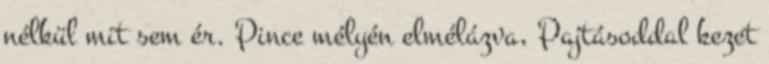
nélkül mit sem ér. Pince mélyén elmélázva, Pajtásoddal kezet